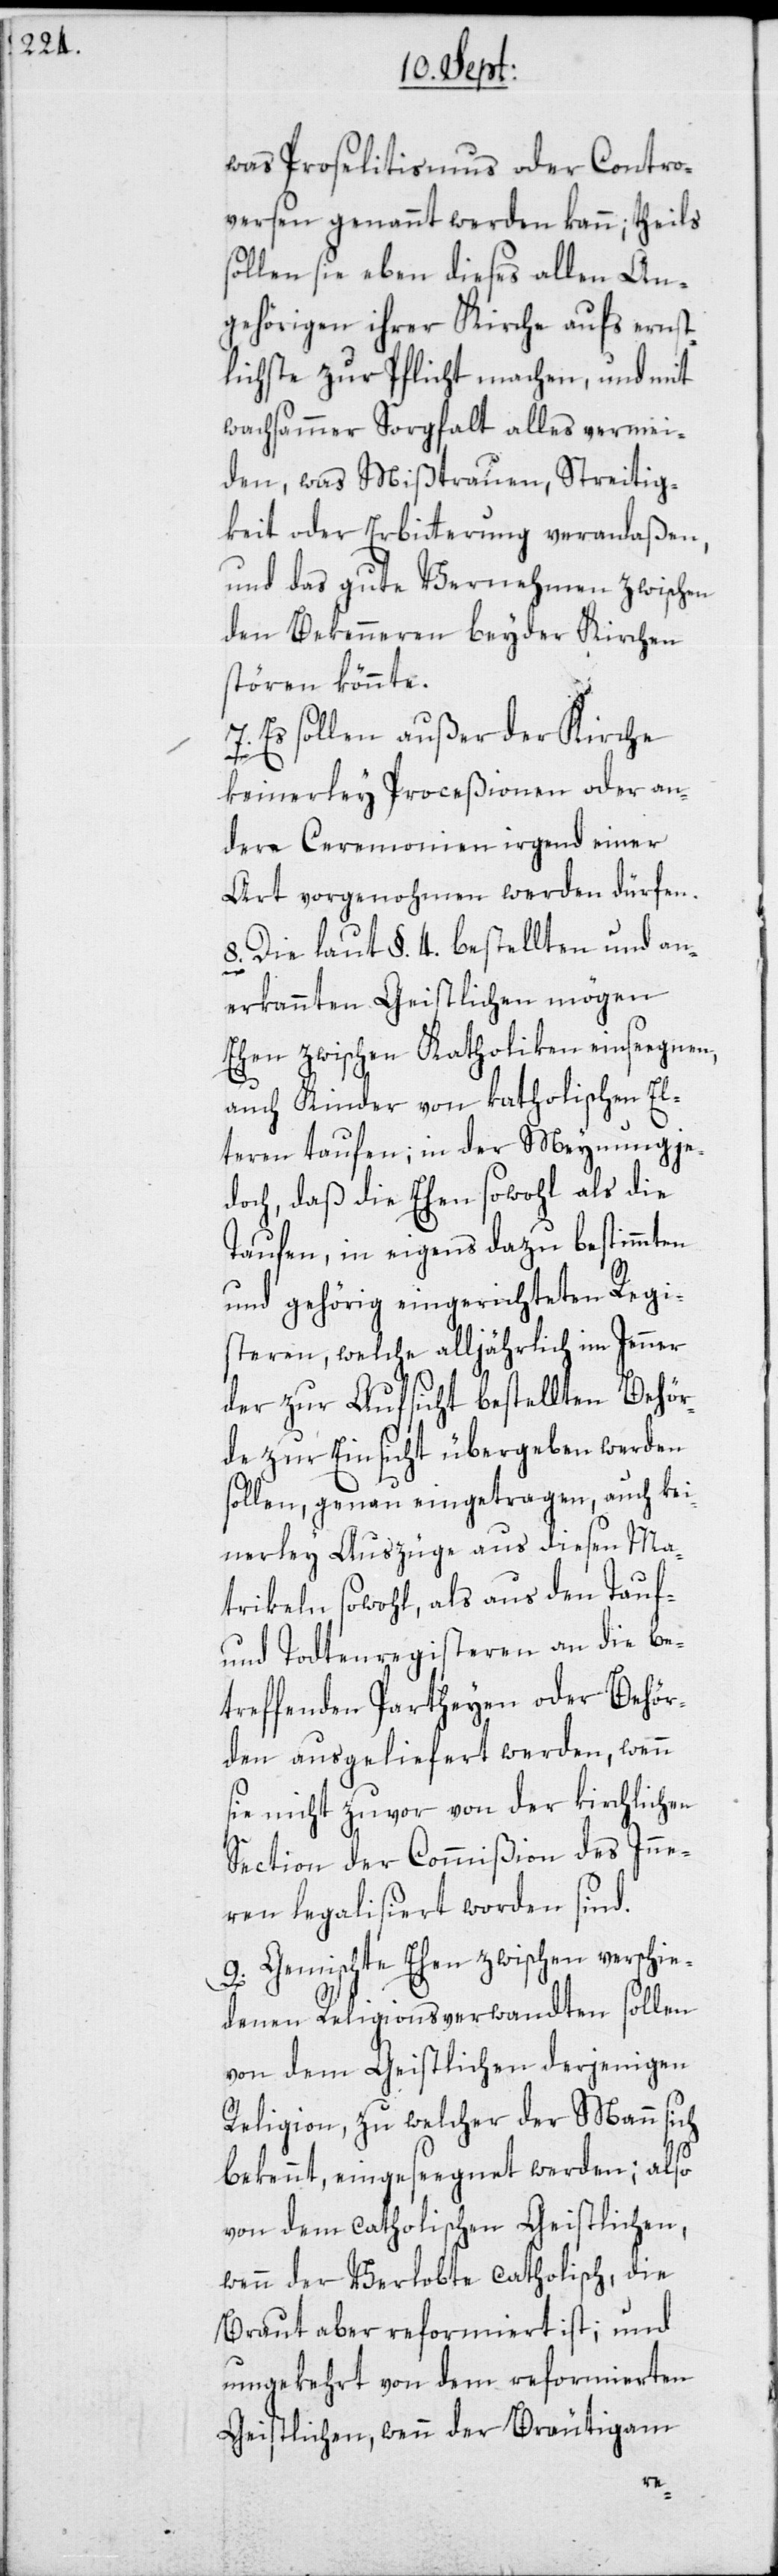
was Proselitismus oder Contro¬
versen genannt werden kann; theils
sollen sie eben dieses allen An¬
gehörigen ihrer Kirche aufs ernst¬
lichste zur Pflicht machen, und mit
wachsammer Sorgfalt alles vermei¬
den, was Mißtrauen, Streitig¬
keit oder Erbitterung veranlaßen,
und das gute Vernehmen zwischen
den Bekenneren beyder Kirchen
stören könnte.
7. Es sollen außer der Kirche
Ma¬
keinerley Proceßionen oder an¬
dere Ceremonien irgend einer
Art vorgenohmen werden dürfen.
8. Die laut §. 4. bestellten und an¬
erkannten Geistlichen mögen
Ehen zwischen Katholiken einseegnen,
auch Kinder von katholischen El¬
teren taufen; in der Meynung je¬
doch, daß die Ehen sowohl als die
Taufen, in eigens dazu bestimmten
und gehörig eingerichteten Regi¬
steren, welche alljährlich im Jenner
der zur Aufsicht bestellten Behör¬
de zur Einsicht übergeben werden
sollen, genau eingetragen, auch kein¬
trikeln sowohl, als aus den Tauf-
und Todtenregisteren an die be¬
treffenden Partheyen oder Behör¬
den ausgeliefert werden, wenn
sie nicht zuvor von der kirchlichen
Section der Commißion des Inne¬
ren legalisiert worden sind.
9. Gemischte Ehen zwischen verschie¬
denen Religionsverwandten sollen
von dem Geistlichen derjenigen
Religion, zu welcher der Mann sich
bekennt, eingeseegnet werden; also
von dem catholischen Geistlichen,
wenn der Verlobte catholisch, die
Braut aber reformiert ist; und
umgekehrt von dem reformierten
Geistlichen, wenn der Bräutigam